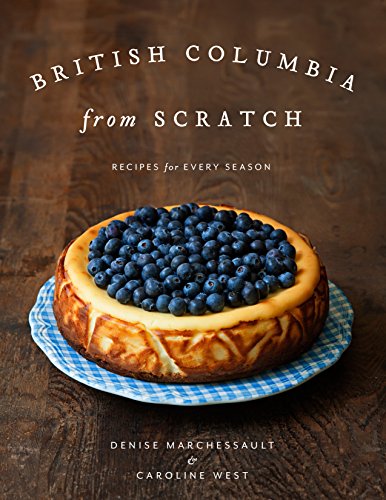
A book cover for British Columbia from Scratch: Recipes for Every Season; Denise Marchessault; Cookbooks, Food & Wine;